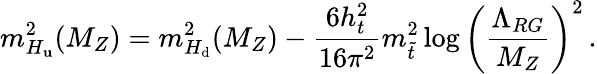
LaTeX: m_{H_{\mathbf{u}}}^{2}(M_{Z})=m_{H_{\mathrm{d}}}^{2}(M_{Z})-\frac{{6h_{t}^{2}}}{{16\pi^{2}}}m_{\tilde{{t}}}^{2}\log\left(\frac{{\Lambda_{RG}}}{{M_{Z}}}\right)^{2}\, .